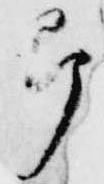
即